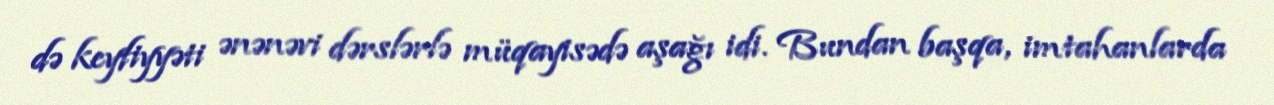
də keyfiyyəti ənənəvi dərslərlə müqayisədə aşağı idi. Bundan başqa, imtahanlarda